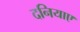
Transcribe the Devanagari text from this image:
दनियाए